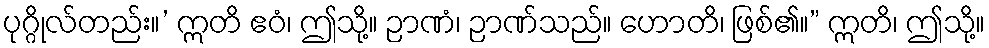
ပုဂ္ဂိုလ်တည်း။’ ဣတိ ဧဝံ၊ ဤသို့။ ဉာဏံ၊ ဉာဏ်သည်။ ဟောတိ၊ ဖြစ်၏။” ဣတိ၊ ဤသို့။